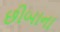
છીબાના